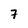
Character: 7